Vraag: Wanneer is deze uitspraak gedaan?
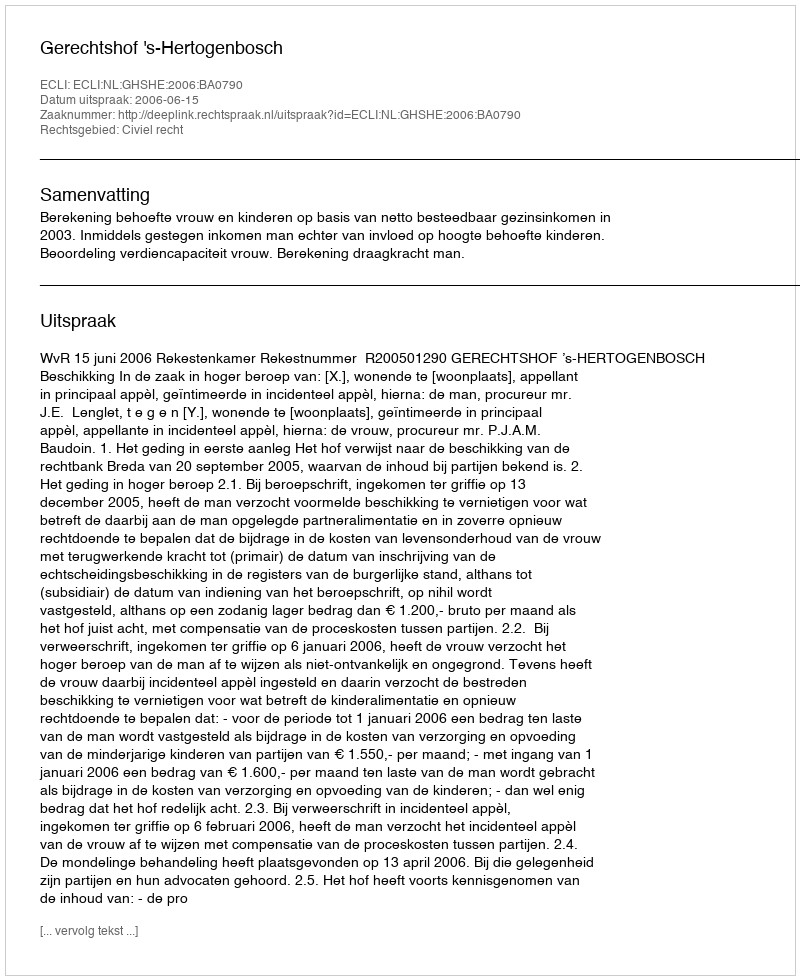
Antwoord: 2006-06-15